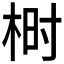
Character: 𰗨